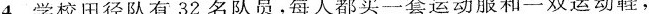
4.学校田径队有32名队员，每人都买一套运动服和一双运动鞋，